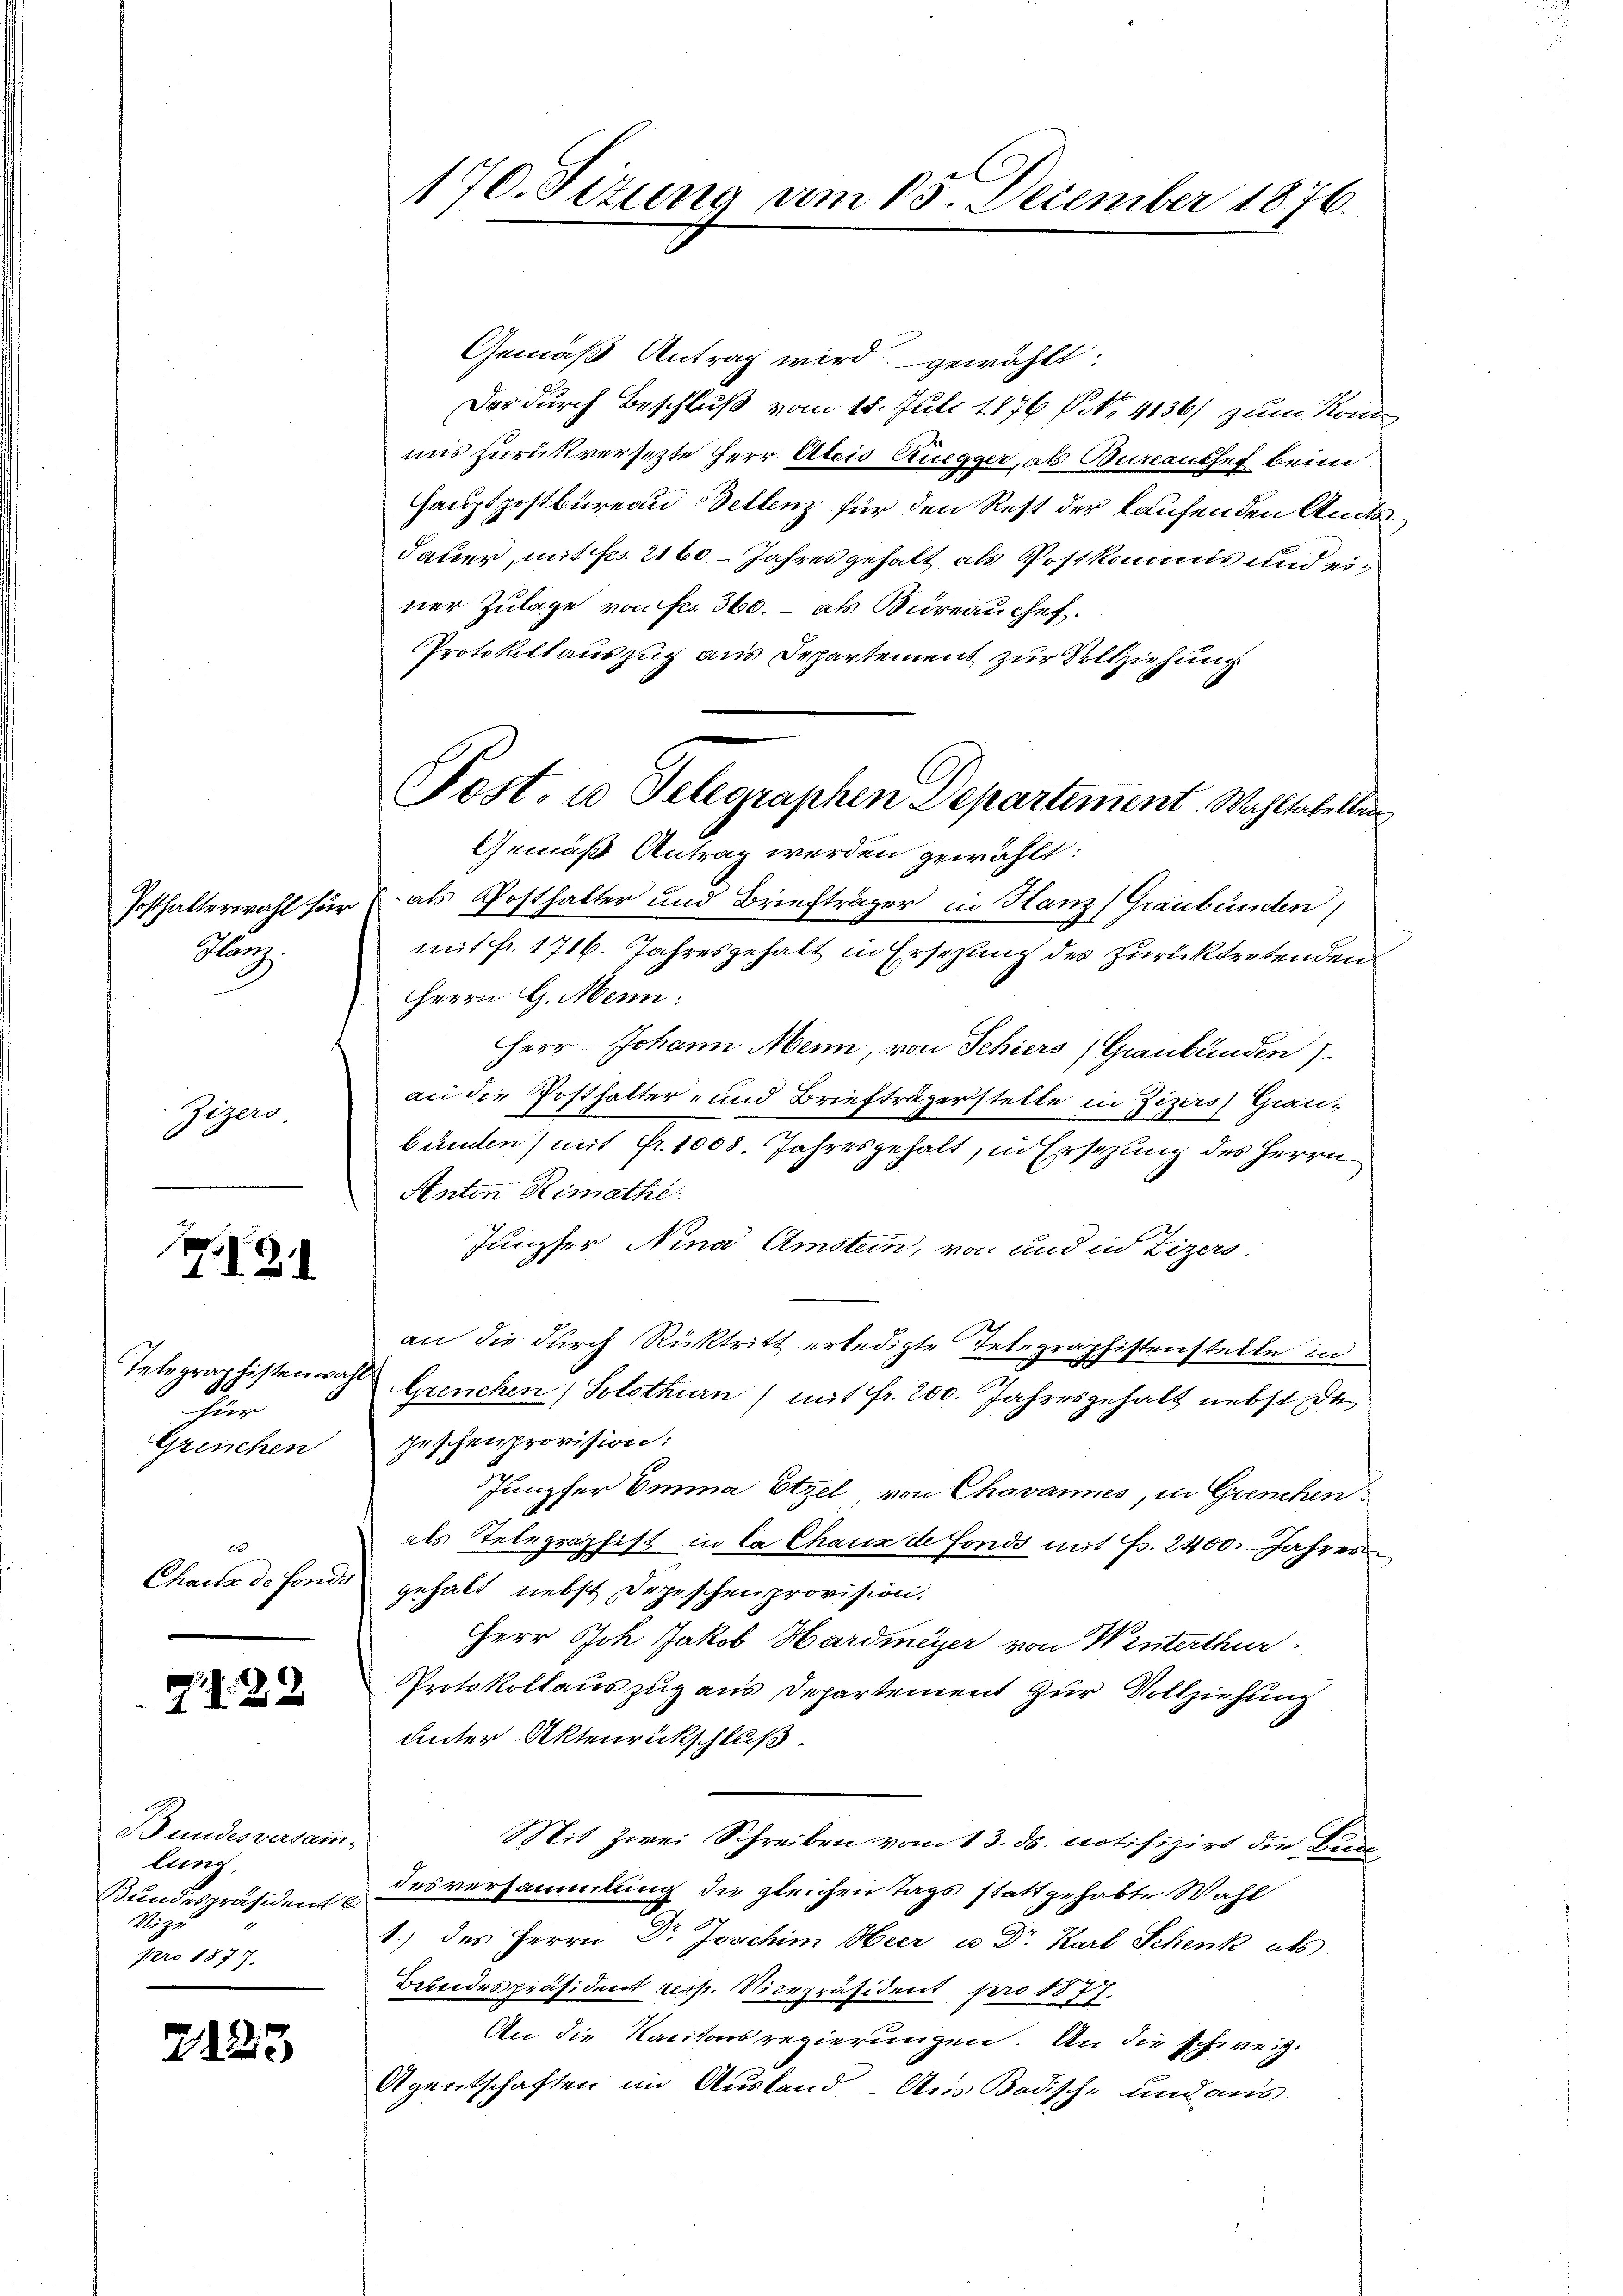
Posthalterwahl für
Kanz

Zizers

7.12.1

Telegraphisten war
hier
Grenchen

2
Chaux de fonds

.23

Bundesversamm
lung
Bundespräsident
No. 92
pro 1877.

2125

170. Situng vom 15. December 1876.

Gemäß Antrag wird gewählt:
Der durch Beschluß vom 18. Juli 1876 f. 4136) zum Kon
mis zurückversetzte Herr Alois Ruegger, als Bureauchef beim
Hauptpostbureau Bellenz für den Rest der laufenden Amts
dauer, mit Fr. 2160 Jahres gehalt als Postkommis und einer Zulage von Fr. 360. – als Büreauchef.
Protokollauszug aus Departement zur Vollziehung
Gemäß Antrag werden gewählt:
 als Posthalter und Briefträger in Hanz) Graubünden
mit fr. 1716. Jahresgehalt in Erschung des zurücktretenden
Herrn G. Menn;
Herr Johann Menn, von Schiers (Graubünden)
an die Posthalter und Briefträgerstelle in Zi
) Grau-
bunden (mit Fr. 1008. Jahresgehalt, in Ersezung des Herrn
Anton Rimathe
Jungfer Nina Amstein, von und in Zizers
an die durch Rücktritt erledigte Telegraphistenstelle in
Grenchen, Solothurn / mit fr. 200. Jahresgehalt nebst da
hischenprovision:
Jungfer Emina Etzel von Chavannes, in Grenchen
als Telegraphift in Ca Chaux de Fonds mit Fr. 2400. Jahres
gehabt, nebst Depeschen provision.
HHerr Jch Jakob Hardmeyer von Winterthur
Protokollauszug aus Departement zur Vollziehung
unter Aktenrückschluß.
Mit Zwei Schreiben vom 13. ds. notifizirt die Bun¬
Desversammlung die gleichen Tags stattgehabte Wahl
1.) des Herrn Dr Joschim Heer u Dr. Karl Schenk als
Bundespräsident resp. Vicepräsident pro 1877.
An die Kantonsregierungen. An die schweiz.
Agentschaften im Ausland. Aus Badische und aus

Post. 10 Telegraphen Departement. Wahltabellen